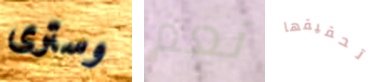
وسترى نعم تحقيقها